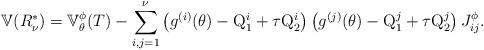
LaTeX: \begin{align*}\mathbb{V}(R^*_{\nu}) = \mathbb{V}^{\phi}_\theta(T) - \sum_{i,j=1}^{\nu} \left( g^{(i)}(\theta)-{\rm Q}_1^i + \tau {\rm Q}_2^i \right) \left( g^{(j)}(\theta)-{\rm Q}_1^j + \tau {\rm Q}_2^j \right) J^{\phi}_{ij}.\end{align*}